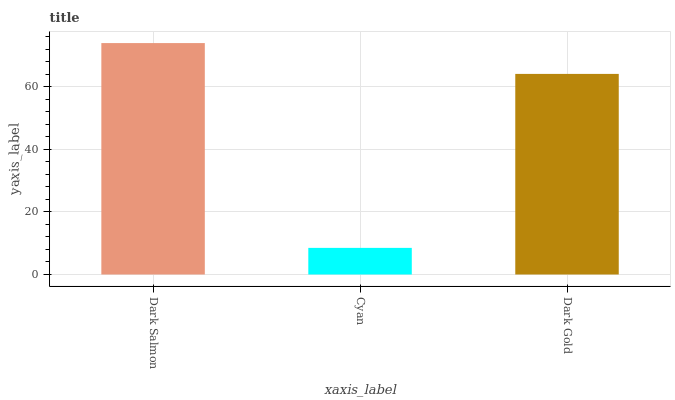
| xaxis_label | bars |
 | --- | --- |
 | Dark Salmon | 74 |
 | Cyan | 8.51 |
 | Dark Gold | 64.2 |